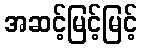
အဆင့်မြင့်မြင့်